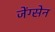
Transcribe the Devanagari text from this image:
जेंग्सेन